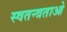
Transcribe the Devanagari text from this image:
स्वतन्त्रताओ